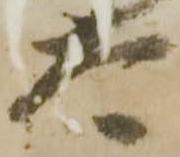
太